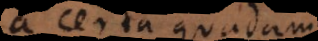
a certa quada